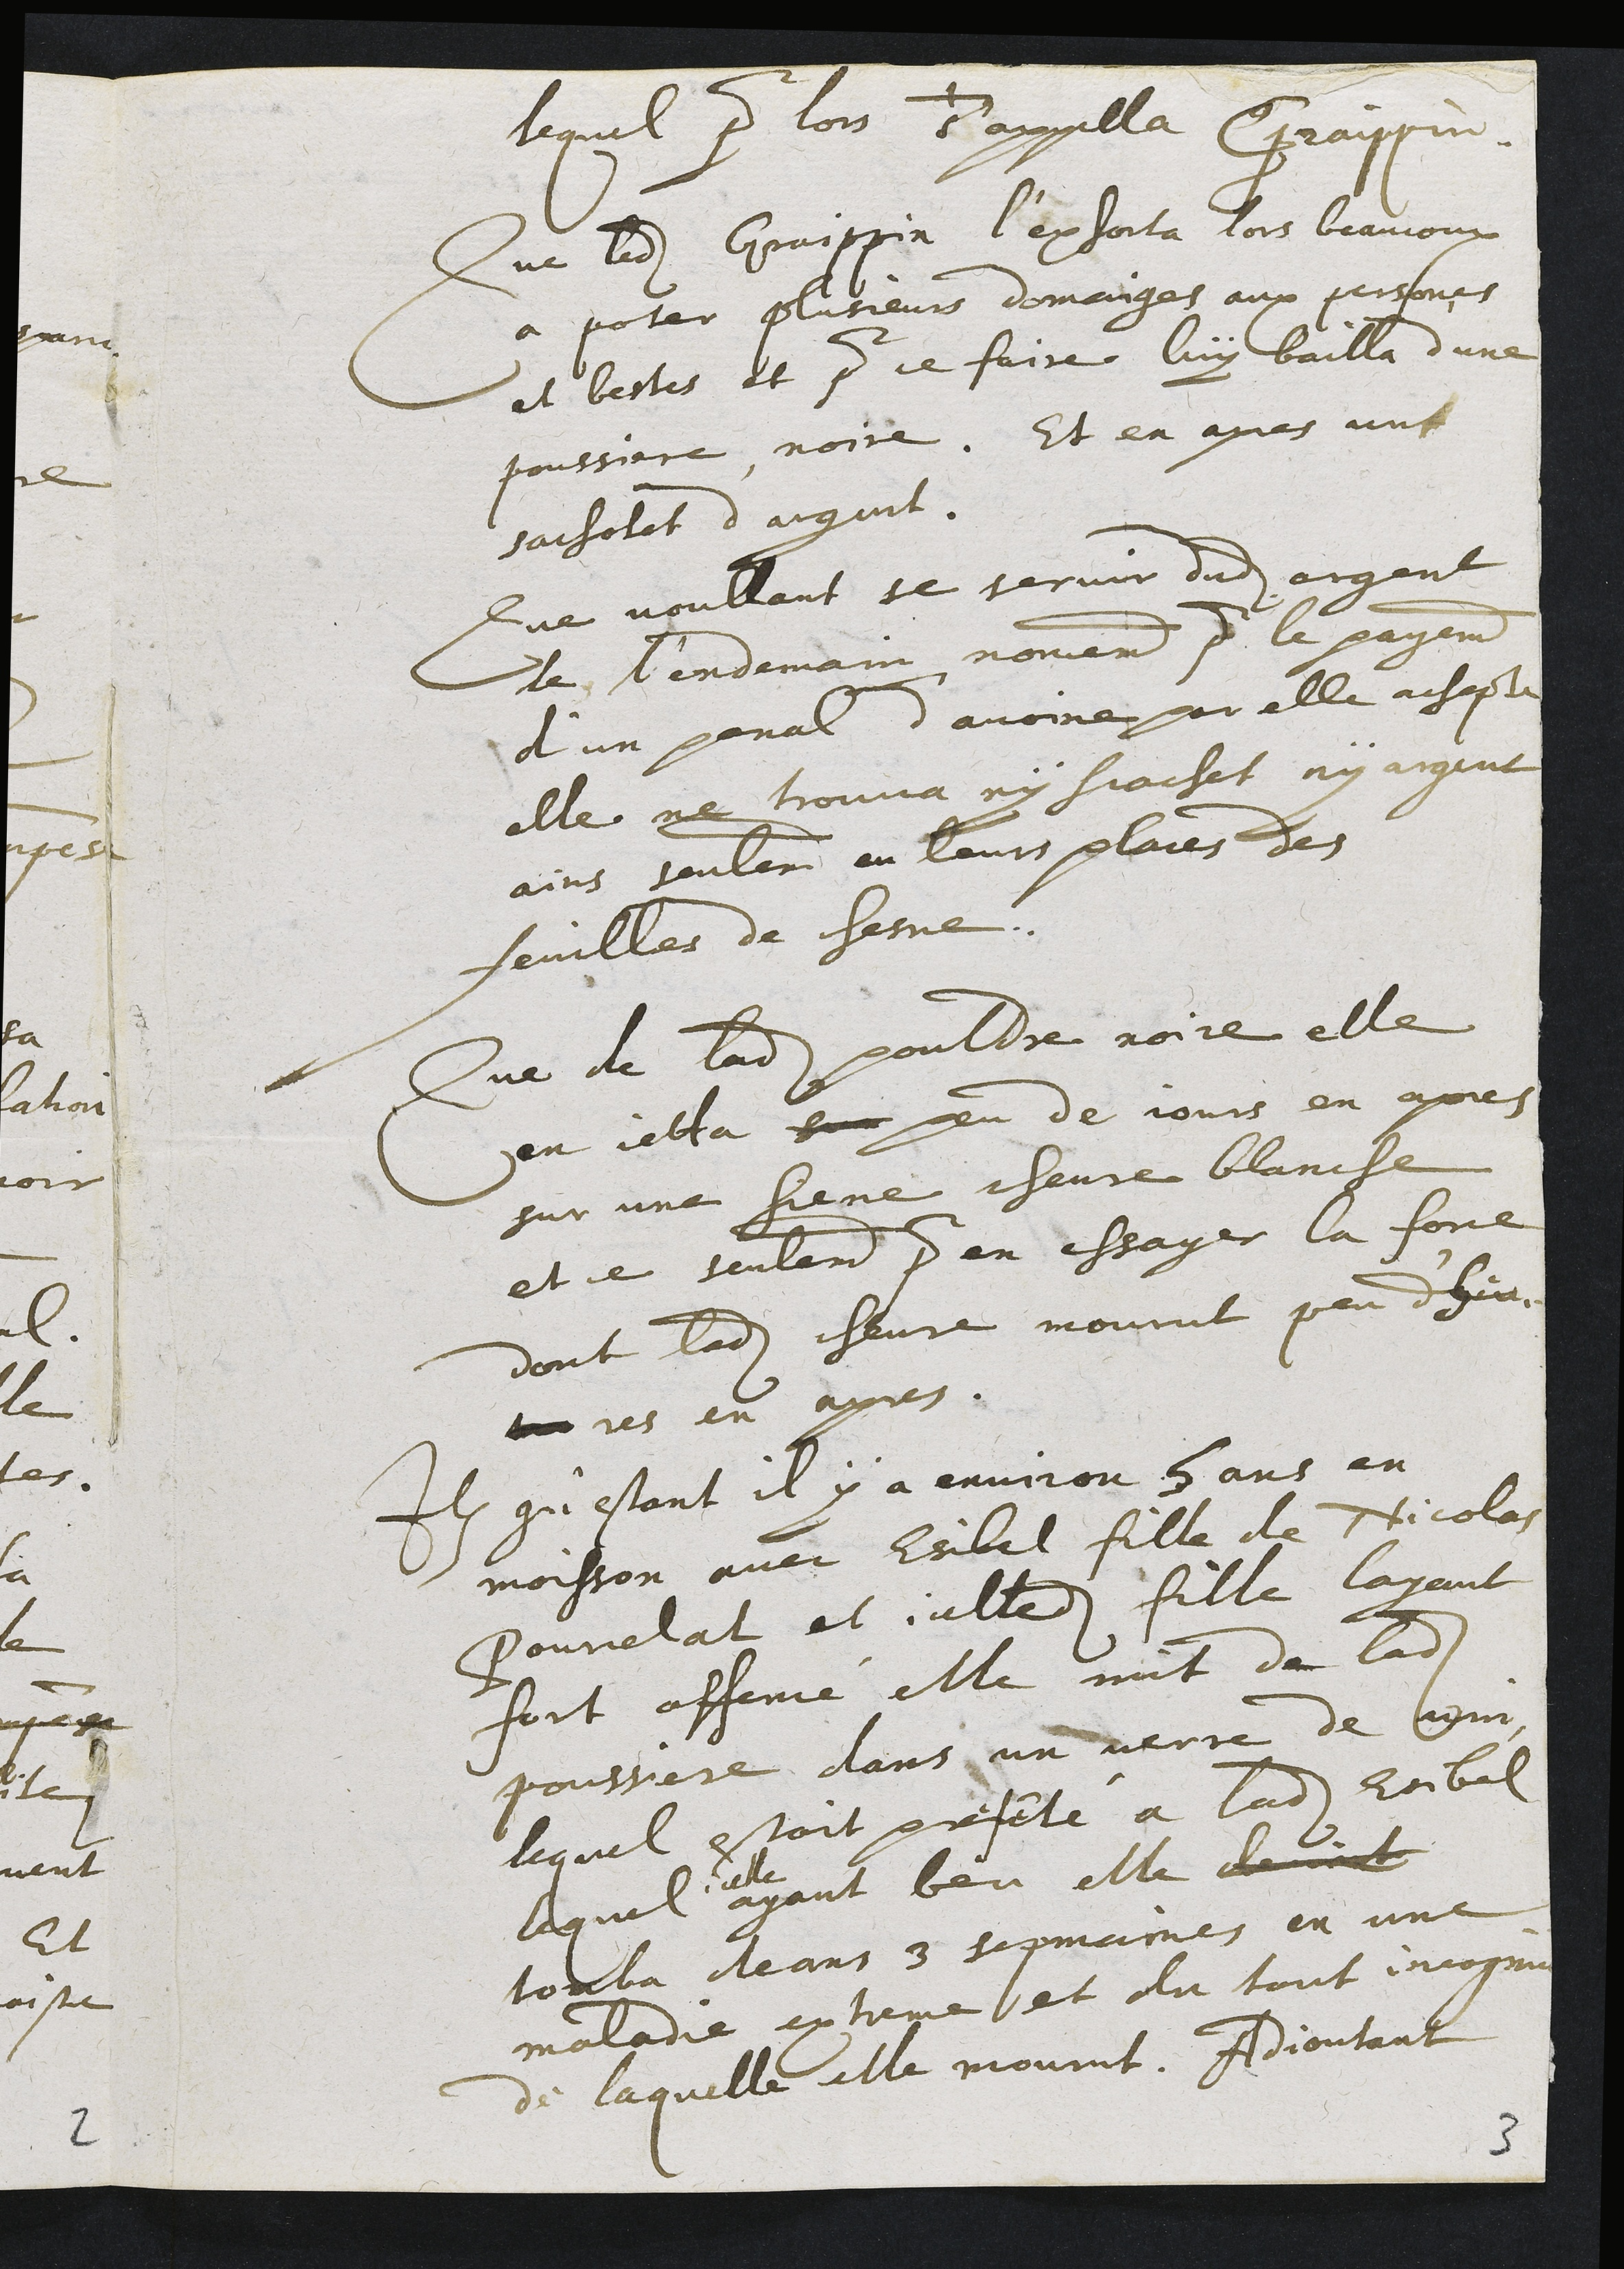
lequel pur lors d’appella Efraypne.
Que ladite Graippin l’exjorta tors beaucoux
a poter plusieurs domangas aux persones
et bestes et pour ce faire luy bailla d’une
poussiere noire. Et en apres ung
sachotet d'argant
Que voullant se servir dudit argent
de lendemain noneme pour le payement
d’un penal d’avoine par elle acsapte
elle ne trouva ny sjachet ny arquit
ains seulement en leurs plaies des
feuilles de chesne.
Que de ladite pouldre noire elle
en jetta sur eu de jours en apres
sur une siene chevre blanche
et je seulerint d en essayer la fone
dont ladite chevre mourut peu dheu.
t res en apres.
qu’estant il y a environ 5 ans en
moisson avec Esibel fille de Nicolas
Pourelat et alledite fille layant
fort affeme elle mit de ladite
poussere dans un verre de Cm
lequel estoit preseté à ladite Roibal
lequel
elle
ayant beu elle devont
touba deans 3 sepmaimes en une
maladie extreme et du tout incognu
de laquelle elle mourut. Adjoutant